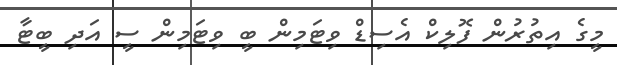
މީގެ އިތުރުން ފޮލިކް އެސިޑް ވިޓަމިން ބީ ވިޓަމިން ސީ އަދި ބީޓާ